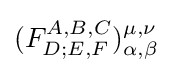
(F_{D;E,F}^{A,B,C})_{\alpha ,\beta }^{\mu ,\nu }